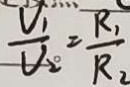
\frac { V _ { 1 } } { V _ { 2 } } = \frac { R _ { 1 } } { R _ { 2 } }